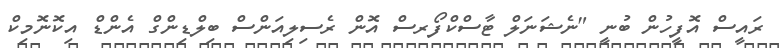
ރައީސް އޮފީހުން ބުނީ "ނެޝަނަލް ޓާސްކްފޯރސް އޮން ރެސިލިއަންސް ބިލްޑިންގް އެންޑް އިކޮނޮމިކް